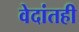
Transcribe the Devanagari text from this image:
वेदांतही